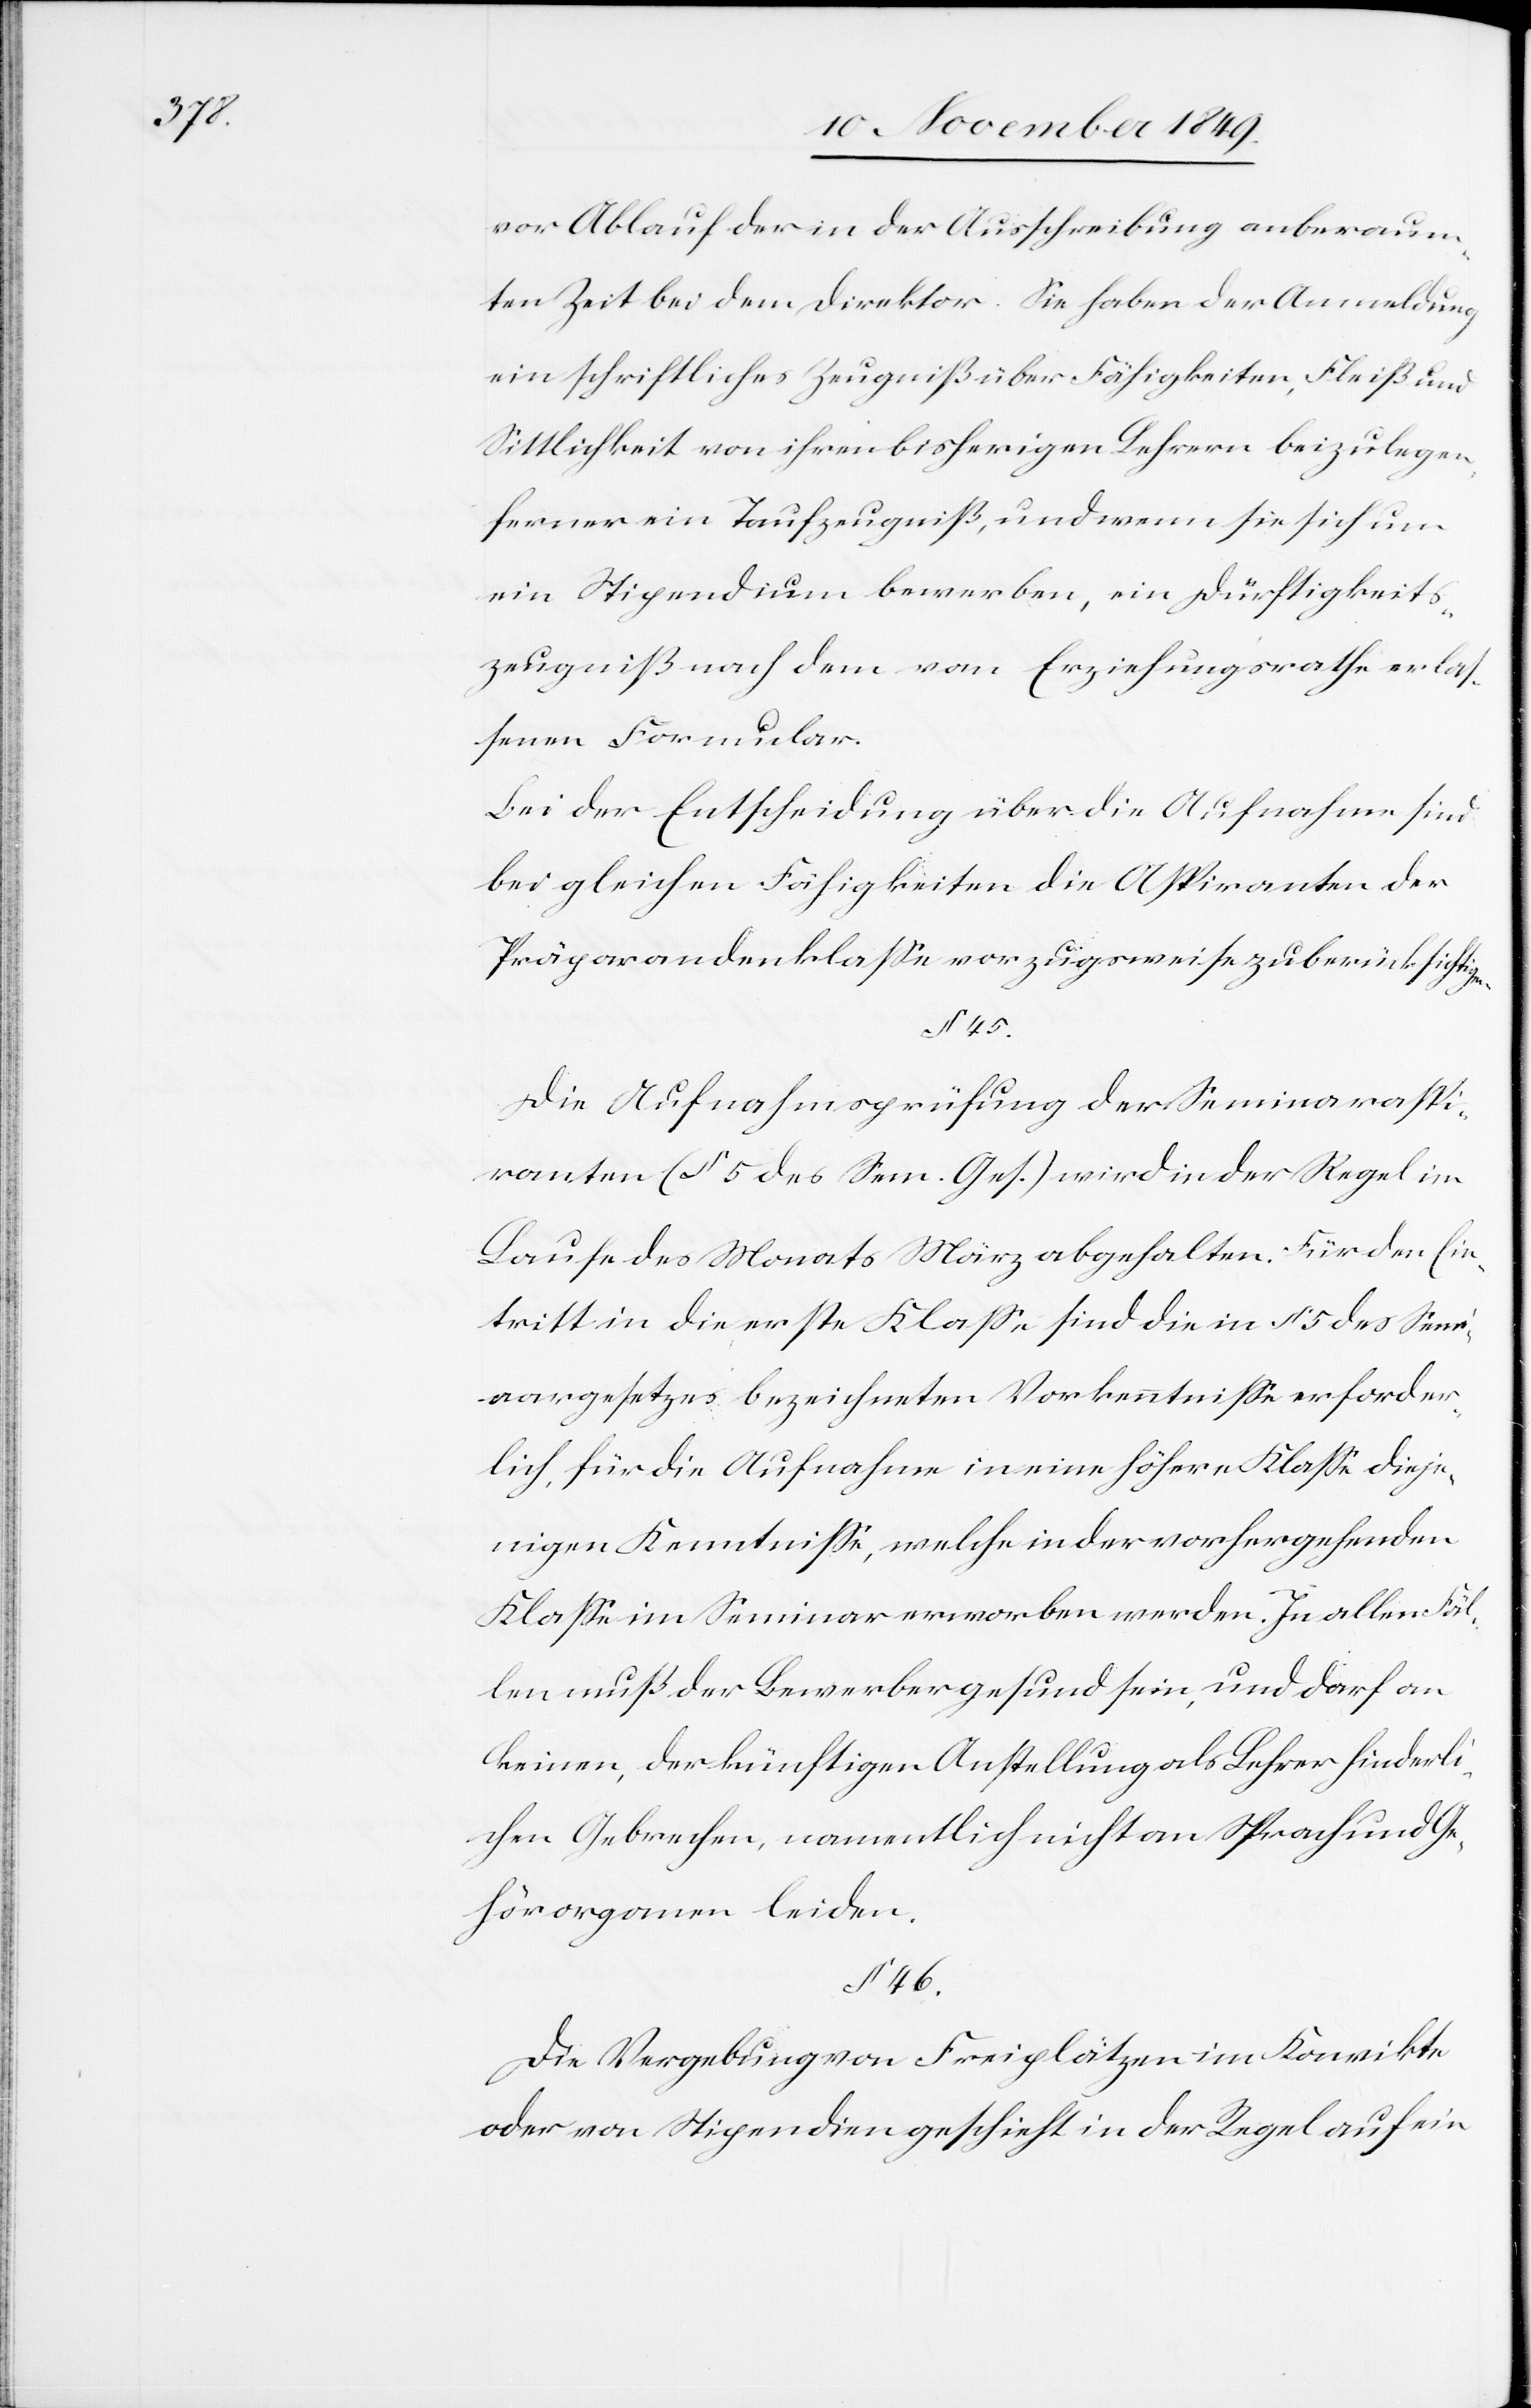
vor Ablauf der in der Ausschreibung anberaum¬
ten Zeit bei dem Direktor. Sie haben der Anmeldung
ein schriftliches Zeugniß über Fähigkeiten, Fleiß und
Sittlichkeit von ihren bisherigen Lehrern beizulegen,
ferner ein Taufzeugniß, und wenn sie sich um
ein Stipendium bewerben, ein Dürftigkeits¬
zeugniß nach dem vom Erziehungsrathe erlas¬
senen Formular.
Bei der Entscheidung über die Aufnahme sind
bei gleichen Fähigkeiten die Aspiranten der
Prägorandenklaße vorzugsweise zu berücksichtigen.
Die Aufnahmsprüfung der Seminaraspi¬
ranten (§ 5 des Sem. Ges.) wird in der Regel im
Laufe des Monats März abgehalten. Für den Ein¬
tritt in die erste Klaße sind die in § 5 des Semi¬
nargesetzes bezeichneten Vorkenntniße erforder¬
lich, für die Aufnahme in eine höhere Klaße dieje¬
nigen Kenntniße, welche in der vorhergehenden
Klaße im Seminar erworben werden. In allen Fäl¬
len muß der Bewerber gesund sein, und darf an
keinen, der künftigen Anstellung als Lehrer hinderli¬
chen Gebrechen, namentlich nicht an Sprach und Ge¬
hörorganen leiden.
§ 46.
Die Vergebung von Freiplätzen im Konvikte
oder von Stipendien geschieht in der Regel auf ein